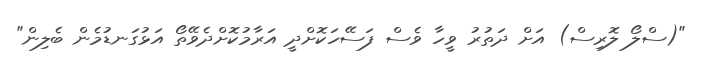
"(ސްލޯ ލޮރިސް) އަށް ދަތުރު ވީހާ ވެސް ފަސޭހަކޮށްދީ އަރާމުކޮށްދެވޭތޯ އަޅުގަނޑުމެން ބެލިން"